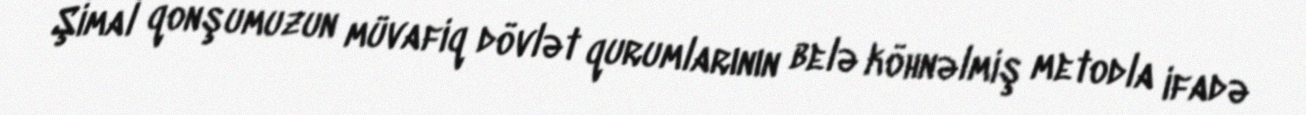
Şimal qonşumuzun müvafiq dövlət qurumlarının belə köhnəlmiş metodla ifadə